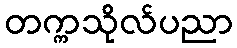
တက္ကသိုလ်ပညာ